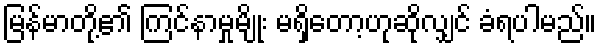
မြန်မာတို့၏ ကြင်နာမှုမျိုး မရှိတော့ဟုဆိုလျှင် ခံရပါမည်။